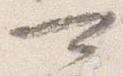
可